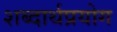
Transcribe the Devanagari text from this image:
शब्दार्थप्रयोग